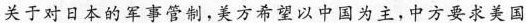
关于对日本的军事管制，美方希望以中国为主，中方要求美国